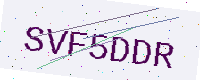
Text: SVF5DDR